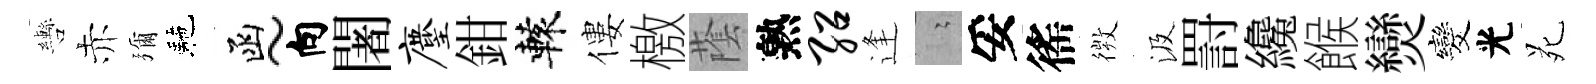
轡赤彌駰函~向闍麈鉗轅僂檄䕃熟绍逢隐妥徭𢕄汲罸纔餱𤓖发光苑